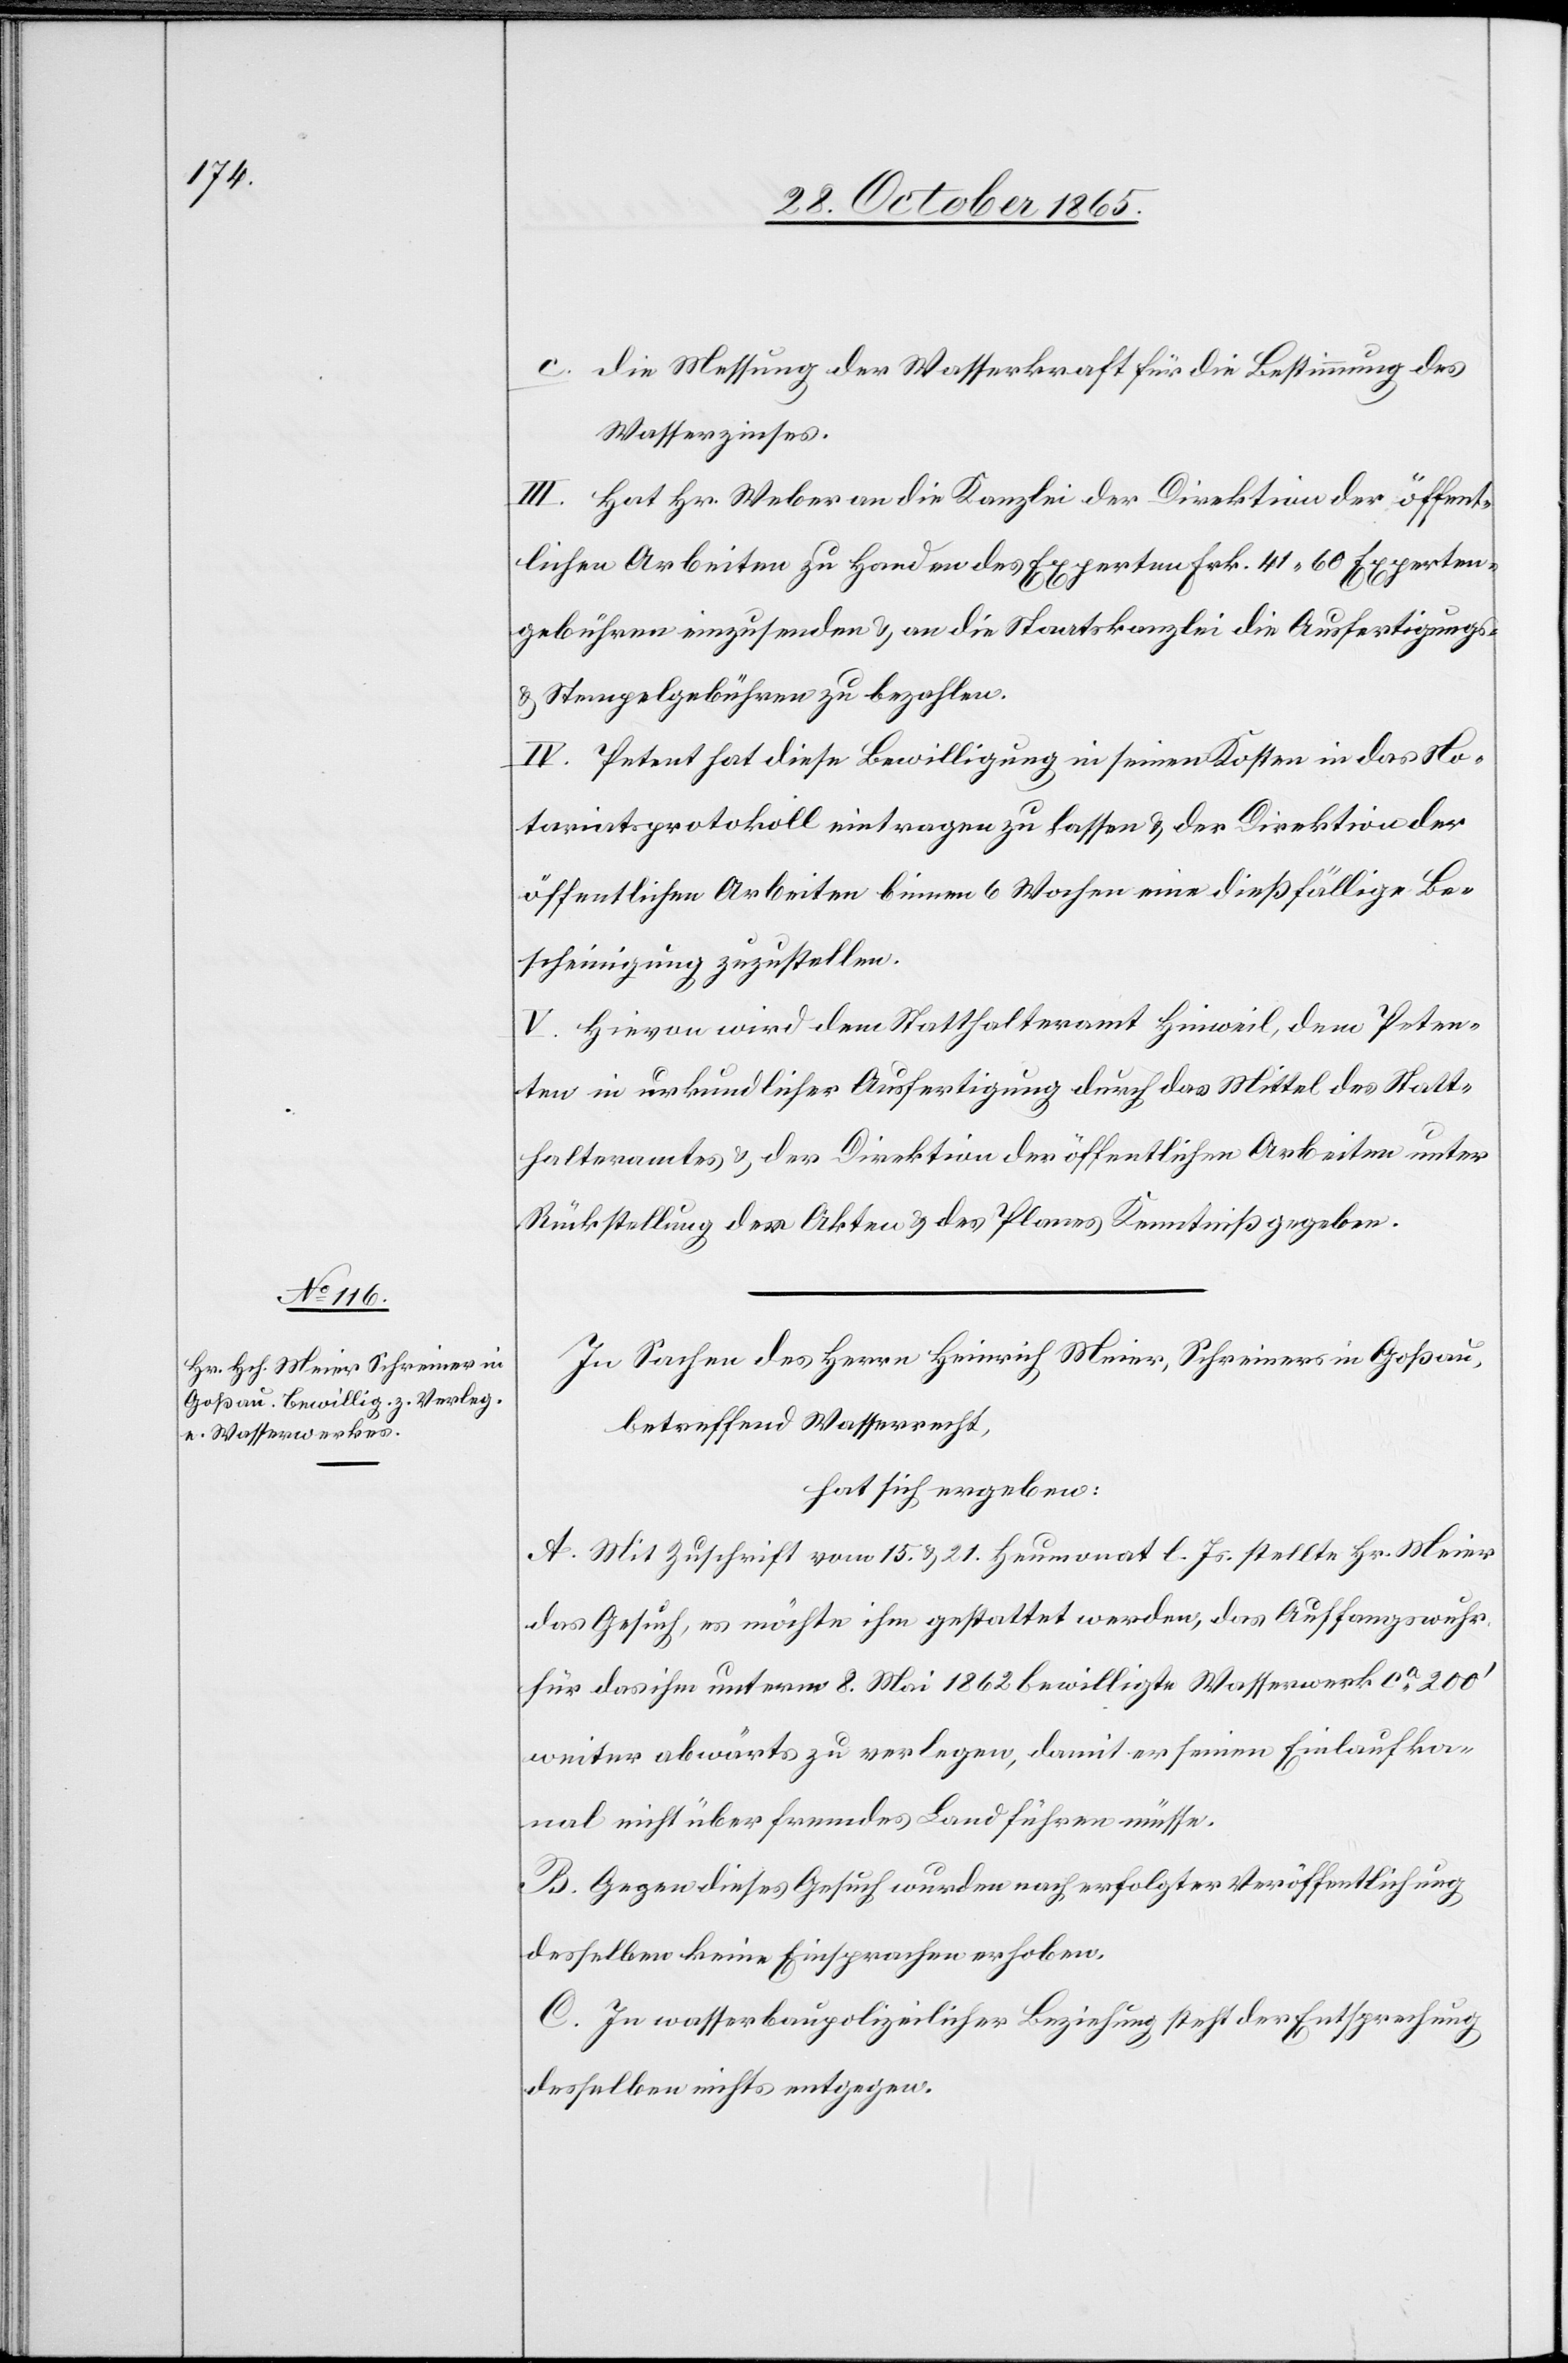
c. Die Messung der Wasserkraft für die Bestimmung des
Wasserzinses.
III. Hat Hr. Weber an die Kanzlei der Direktion der öffent¬
lichen Arbeiten zu Handen des Experten Frk. 41 60 Experten¬
gebühren einzusenden & an die Staatskanzlei die Ausfertigungs-
& Stempelgebühren zu bezahlen.
IV. Petent hat diese Bewilligung in seinen Kosten in das No¬
tariatsprotokoll eintragen zu lassen & der Direktion der
öffentlichen Arbeiten binnen 6 Wochen eine dießfällige Be¬
scheinigung zuzustellen.
V. Hievon wird dem Statthalteramt Hinweil, dem Peten¬
ten in urkundlicher Ausfertigung durch das Mittel des Statt¬
halteramtes & der Direktion der öffentlichen Arbeiten unter
Rückstellung der Akten & des Planes Kenntniß gegeben.
In Sachen des Herrn Heinrich Meier, Schreiners in Goßau,
betreffend Wasserrecht,
hat sich ergeben:
A. Mit Zuschrift vom 15. & 21. Heumonat l. Js. stellte Hr. Meier
das Gesuch, es möchte ihm gestattet werden, das Auffangswuhr
für das ihm unterm 8. Mai 1862 bewilligte Wasserwerk ca 200’
weiter abwärts zu verlegen, damit er seinen Einlaufka¬
nal nicht über fremdes Land führen müsse.
B. Gegen dieses Gesuch wurden nach erfolgter Veröffentlichung
desselben keine Einsprachen erhoben.
C. In wasserbaupolizeilicher Beziehung steht der Entsprechung
desselben nichts entgegen.